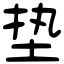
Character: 垫